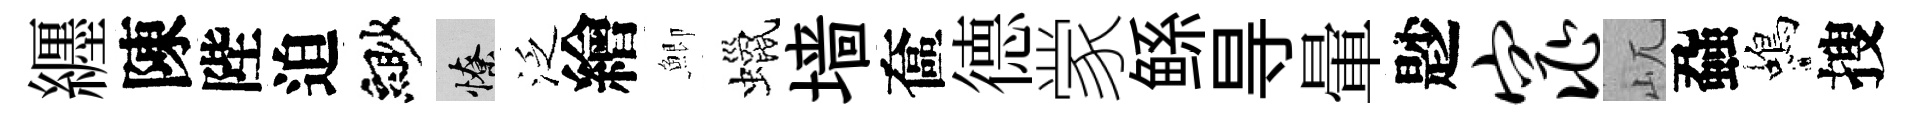
纒陳陛迫緲憭泛繪鯽蠟墙奩德䝉鲧㝵暈尟窕屼蝨蝎搜